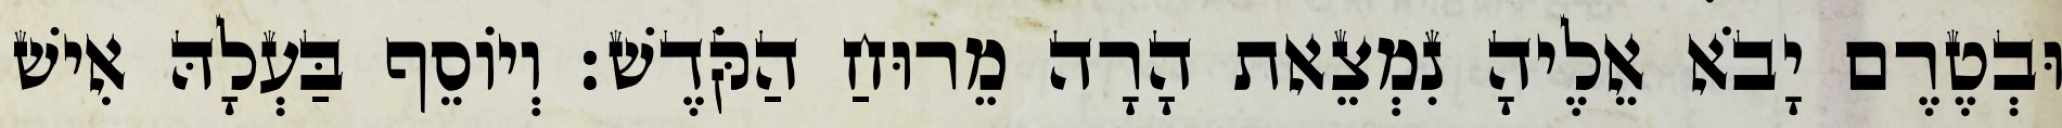
וּבְטֶרֶם יָבֹא אֵלֶיהָ נִמְצֵאת הָרָה מֵרוּחַ הַקֹּדֶשׁ׃ וְיוֹסֵף בַּעְלָהּ אִישׁ